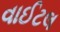
વાઈટલ